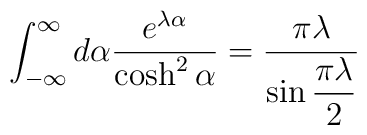
\int_{-\infty}^\infty d\alpha\frac{e^{\lambda\alpha}}{\cosh^2\alpha}=\frac{\pi\lambda}{\sin\displaystyle\frac{\pi\lambda}{2}}